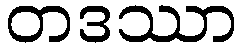
တဒဿာ